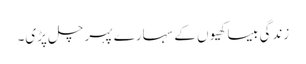
زندگی بیساکھیوں کے سہارے پہر چل پڑی۔